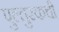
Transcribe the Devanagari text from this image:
पुल्तुस्कची